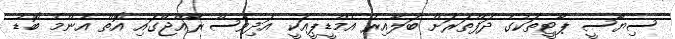
ސިޔާސީ ޕާޓީތަކުގެ ދަފްތަރަށް ބަލާއިރު އެމްޑީޕީއަކީ އަދިވެސް ރާއްޖޭގައި އޮތް އެންމެ ބޮޑު